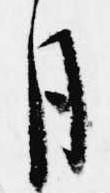
月